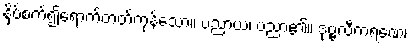
နှိပ်စက်၍ရောက်တတ်ကုန်သော။ ပညာယ၊ ပညာ၏။ ဒုဗ္ဗလီကရဏေ၊